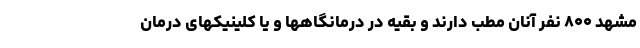
مشهد ۸۰۰ نفر آنان مطب دارند و بقیه در درمانگاهها و یا کلینیکهای درمان